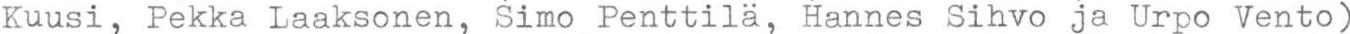
Kuusi, Pekka Laaksonen, Simo Penttilä, Hannes Sihvo ja Urpo Vento)